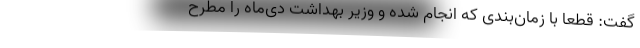
گفت: قطعا با زمان‌بندی که انجام شده و وزیر بهداشت دی‌ماه را مطرح